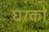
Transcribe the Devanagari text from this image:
घरको